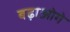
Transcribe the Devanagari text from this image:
बढ़ाओगे